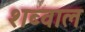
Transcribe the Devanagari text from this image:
शब्वाल